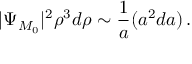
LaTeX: | \Psi _ { { \cal M } _ { 0 } } | ^ { 2 } \rho ^ { 3 } d \rho \sim { \frac { 1 } { a } } ( a ^ { 2 } d a ) \, .